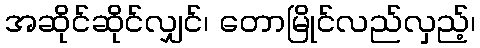
အဆိုင်ဆိုင်လျှင်၊ တောမြိုင်လည်လှည့်၊